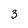
Character: 3